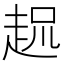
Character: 𲃌